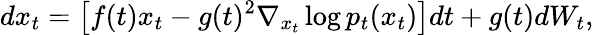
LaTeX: dx_{t}=\big[f(t)x_{t}-g(t)^{2}\nabla_{x_{t}}\log p_{t}(x_{t})\big]dt+g(t)dW_{t},